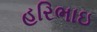
હરિભાઇ